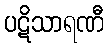
ပဋိသာရဏီ